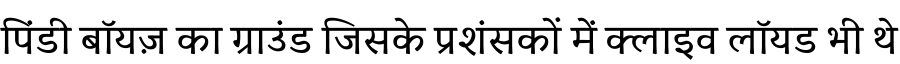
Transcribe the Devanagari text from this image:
पिंडी बॉयज़ का ग्राउंड जिसके प्रशंसकों में क्लाइव लॉयड भी थे